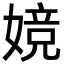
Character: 㜔